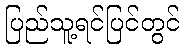
ပြည်သူ့ရင်ပြင်တွင်